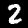
Digit: 2